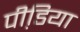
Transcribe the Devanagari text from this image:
पीडि़या